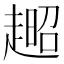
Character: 𧼹